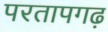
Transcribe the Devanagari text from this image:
परतापगढ़